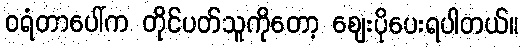
ဝရံတာပေါ်က တိုင်ပတ်သူကိုတော့ ဈေးပိုပေးရပါတယ်။